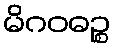
မိဂဝဓဉ္စ